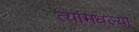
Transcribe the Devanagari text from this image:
त्यांमधल्या